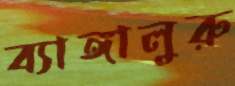
ব্যাঙ্গালুরু